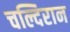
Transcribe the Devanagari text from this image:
चल्दिरान